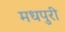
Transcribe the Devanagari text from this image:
मधपुरी